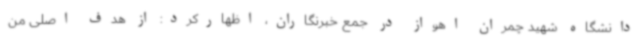
دانشگاه شهید چمران اهواز در جمع خبرنگاران، اظهارکرد: از هدف اصلی من